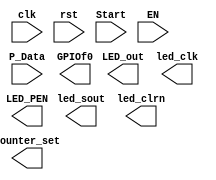
module 		 SPIO(input clk,							//
						input rst,                    //
						input Start,                  //
						input EN,                     //PIO/LED
						input [31:0] P_Data,          //
						output reg[1:0] counter_set,  ///
						output [15:0] LED_out,        //
						output wire led_clk,          //
						output wire led_sout,         //
						output wire led_clrn,         //LED
						output wire LED_PEN,          //LED
						output reg[13:0] GPIOf0			//GPIO			 
						);

endmodule